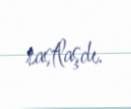
rastlaşdı.